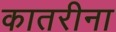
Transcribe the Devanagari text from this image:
कातरीना